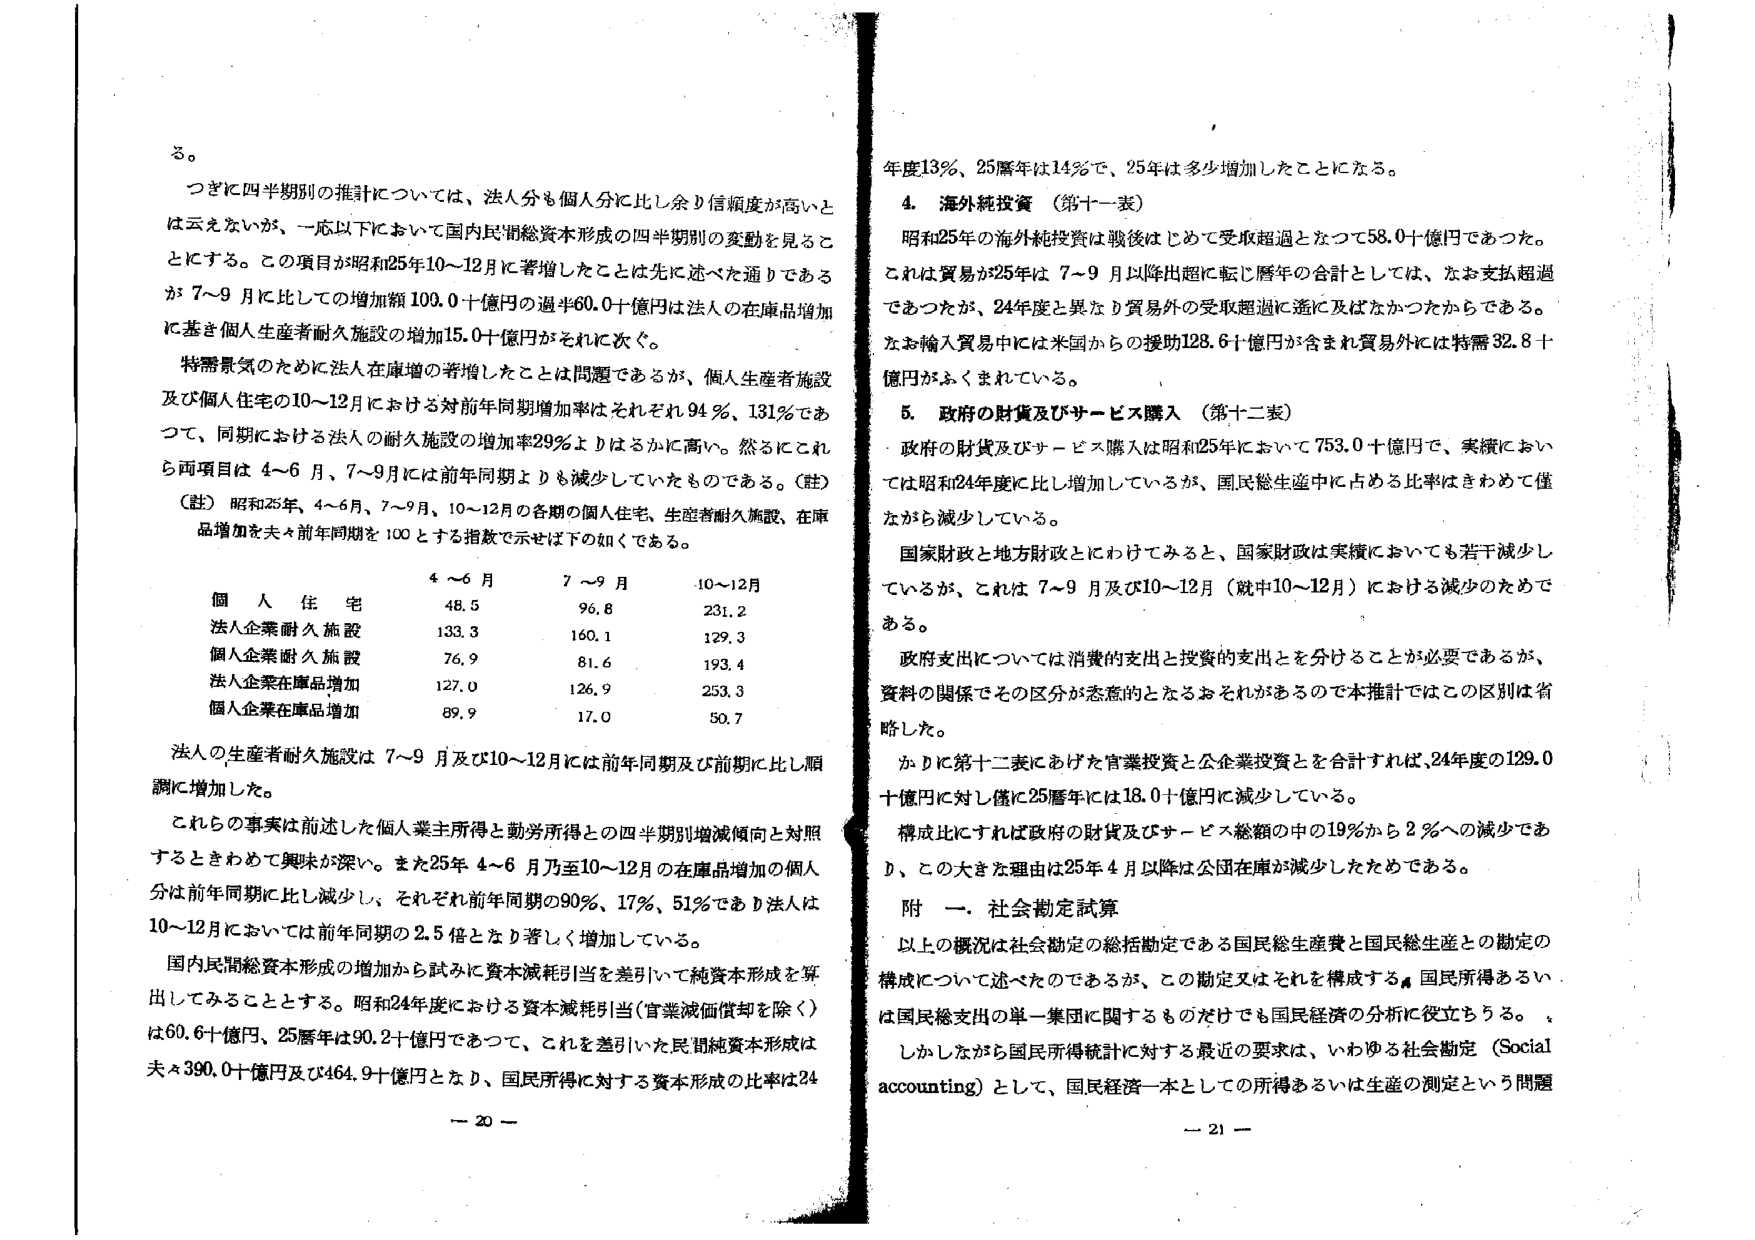
る。

つぎに四半期別の推計については、法人分も個人分に比し余り信頼度が高いとは云えないが、一応以下において国内民間総資本形成の四半期別の変動を見ることにする。この項目が昭和25年10～12月に著増したことは先に述べた通りであるが、7～9月に比しての増加額109.0十億円の過半60.0十億円は法人の在庫品増加に基き個人生産者耐久施設の増加15.0十億円がそれに次ぐ。

特需景気のために法人在庫増の著増したことは問題であるが、個人生産者施設及び個人住宅の10～12月における対前年同期増加率はそれぞれ94％、131％であつて、同期における法人の耐久施設の増加率29％よりはるかに高い。然るにこれら両項目は4～6月、7～9月には前年同期よりも減少していたものである。（註）

（註） 昭和25年、4～6月、7～9月、10～12月の各期の個人住宅、生産者耐久施設、在庫品増加を夫々前年同期を100とする指数で示せば下の如くである。

　　　　　　　　　　4～6月　　　7～9月　　　10～12月
個人住宅　　　　　　48.5　　　　96.8　　　　231.2
法人企業耐久施設　　133.3　　　　160.1　　　　129.3
個人企業耐久施設　　76.9　　　　81.6　　　　193.4
法人企業在庫品増加　127.0　　　　126.9　　　　253.3
個人企業在庫品増加　89.9　　　　17.0　　　　50.7

法人の生産者耐久施設は7～9月及び10～12月には前年同期及び前期に比し順調に増加した。

これらの事実は前述した個人業主所得と勤務所得との四半期別増減傾向と対照するときわめて興味が深い。また25年4～6月乃至10～12月の在庫品増加の個人分は前年同期に比し減少し、それぞれ前年同期の90％、17％、51％であるが法人は10～12月においては前年同期の2.5倍となり著しく増加している。

国内民間総資本形成の増加から試みに資本減耗引当を差引いて純資本形成を算出してみることとする。昭和24年度における資本減耗引当（官業減価償却を除く）は60.6十億円、25暦年は90.2十億円であつて、これを差引いた民間純資本形成は夫々390.0十億円及び464.9十億円となり、国民所得に対する資本形成の比率は24

年度13％、25暦年は14％で、25年は多少増加したことになる。

4. 海外純投資（第十一表）

昭和25年の海外純投資は戦後はじめて受取超過となつて58.0十億円であつた。これは貿易が25年は7～9月以降出超に転じ暦年の合計としては、なお支払超過であつたが、24年度と異なり貿易外の受取超過に遙に及ばなかつたからである。なお輸入貿易中には米国からの援助128.6十億円が含まれ貿易外には特需32.8十億円がふくまれている。

5. 政府の財貨及びサービス購入（第十二表）

政府の財貨及びサービス購入は昭和25年において753.0十億円で、実績においては昭和24年度に比し増加しているが、国民総生産中に占める比率はきわめて僅かがら減少している。

国家財政と地方財政とにわけてみると、国家財政は実績においても若干減少しているが、これは7～9月及び10～12月（就中10～12月）における減少のためである。

政府支出については消費的支出と投資的支出とを分けることが必要であるが、資料の関係でその区分が恣意的となるおそれがあるので本推計ではこの区別は省略した。

かくに第十二表にあげた官業投資と公企業投資とを合計すれば、24年度の129.0十億円に対し僅に25暦年には18.0十億円に減少している。

構成比にすれば政府の財貨及びサービス総額の中の19％から2％への減少であつて、この大きな理由は25年4月以降は公団在庫が減少したためである。

附 一．社会勘定試算

以上の概況は社会勘定の総括勘定である国民総生産費と国民総生産との勘定の構成について述べたのであるが、この勘定又はそれを構成する国民所得あるいは国民総支出の単一集団に関するものだけでも国民経済の分析に役立ちうる。

しかしながら国民所得統計に対する最近の要求は、いわゆる社会勘定（Social accounting）として、国民経済一本としての所得あるいは生産の測定という問題

－ 20 －

－ 21 －